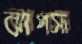
ঝাপসা